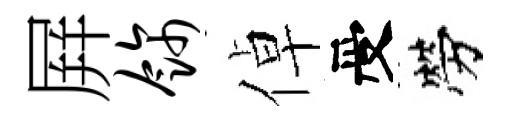
屛饰倬受勞